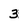
Character: 3